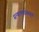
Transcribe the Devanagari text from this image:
सन्काक्यास्थसुया